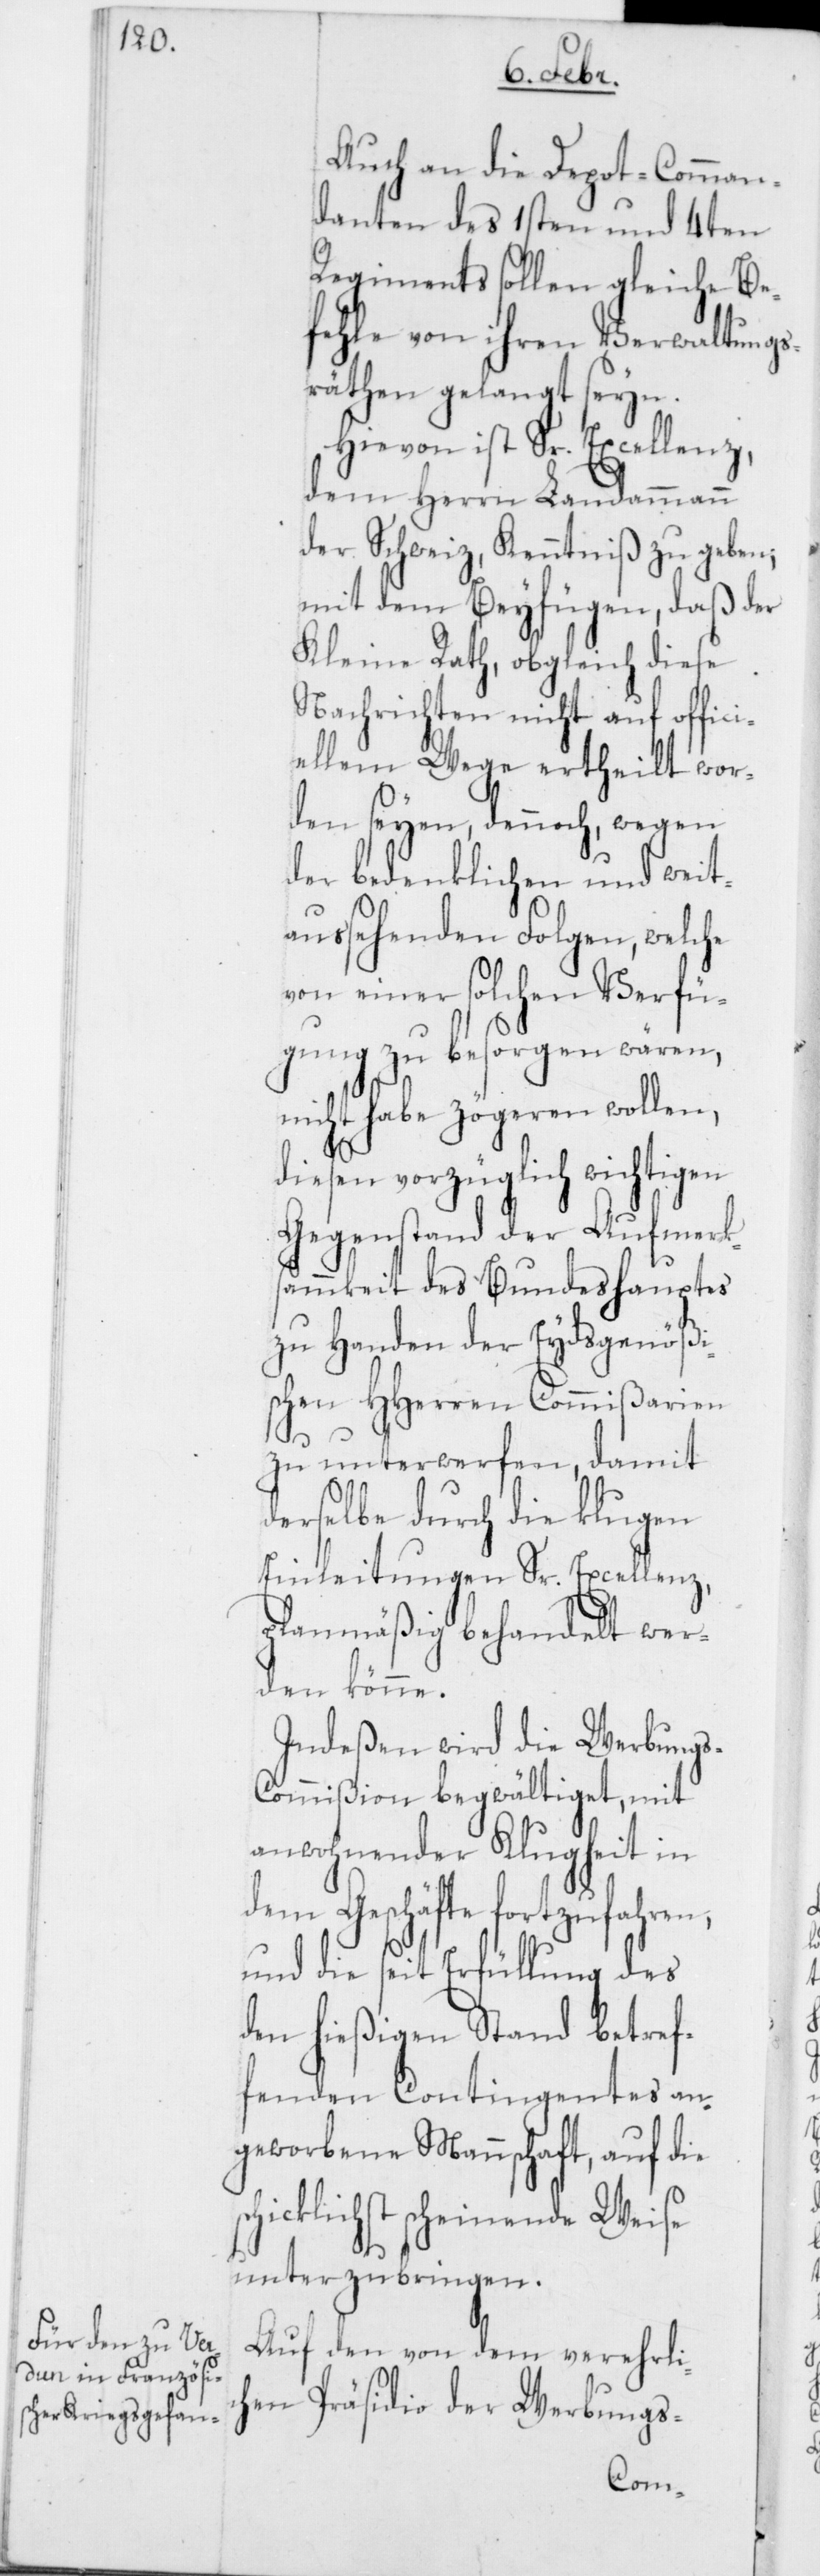
s¬
Auch an die Depôt-Comman¬
danten des 1sten und 4ten
Regiments sollen gleiche Be¬
fehle von ihren Verwaltungs¬
räthen gelangt seyn.
Hievon ist Sr. Excellenz,
dem Herrn Landammann
der Schweiz, Kenntniß zu geben;
mit dem Beyfügen, daß der
Kleine Rath, obgleich diese
Nachrichten nicht auf offici¬
ellem Wege ertheilt wor¬
den seyen , dennoch, wegen
der bedenklichen und weit¬
aussehenden Folgen, welche
von einer solchen Verfü¬
gung zu besorgen wären,
nicht habe zögeren wollen,
diesen vorzüglich wichtigen
Gegenstand der Aufmerk¬
sammkeit des Bundeshauptes
zu Handen der Eydsgenößi¬
schen HHerren Commißarien
zu unterwerfen, damit
derselbe durch die klugen
Einleitungen Sr. Excellenz,
planmäßig behandelt wer¬
den könne.
Indeßen wird die Werbung¬
mißion begwältiget, mit
anwohnender Klugheit in
dem Geschäfte fortzufahren,
und die seit Erfüllung des
den hießigen Stand betref¬
fenden Contingentes an¬
geworbene Mannschaft, auf die
chicklichst scheinende Weise
unterzubringen.
Auf den von dem verehrlic¬
hen Präsidio der Werbungs-
s-Com¬